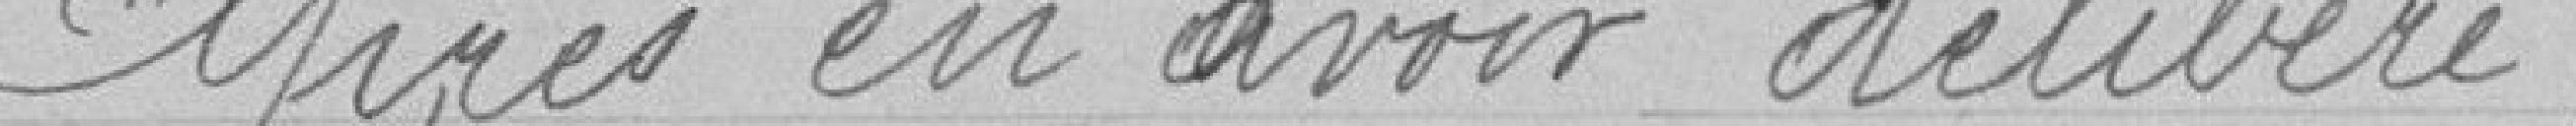
Après en avoir délibéré,